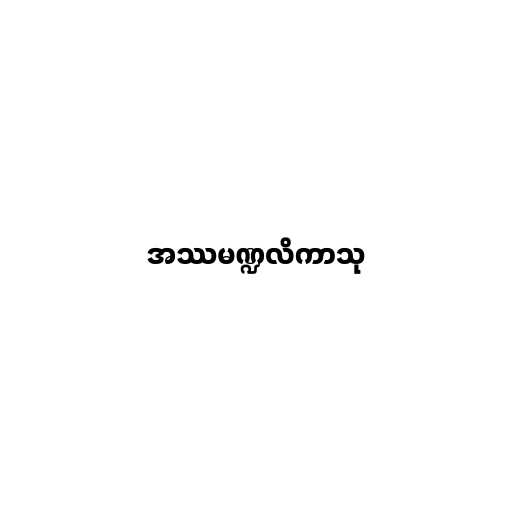
အဿမဏ္ဍလိကာသု